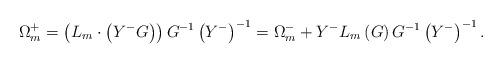
LaTeX: \begin{align*}\Omega_m^+ = \left(L_m\cdot \left(Y^-G\right)\right) G^{-1} \left(Y^-\right)^{-1}= \Omega_m^- + Y^- L_m\left(G\right)G^{-1} \left(Y^-\right)^{-1}.\end{align*}